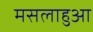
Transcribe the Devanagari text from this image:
मसलाहुआ